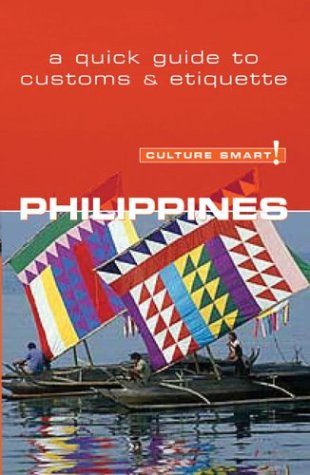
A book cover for Culture Smart! Philippines: A Quick Guide to Customs and Etiquette (Culture Smart! The Essential Guide to Customs & Culture); Graham Collin-Jones; Travel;